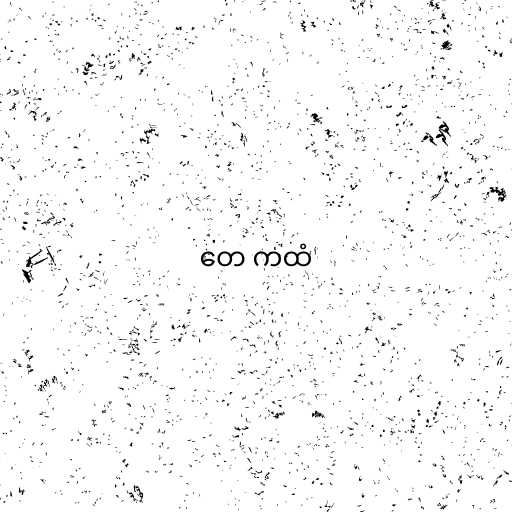
တေ ကထံ